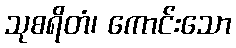
သုစရိတံ၊ ကောင်းသော